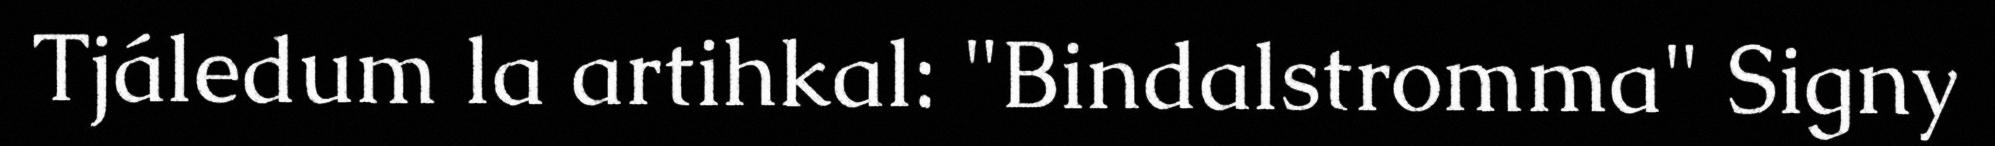
Tjáledum la artihkal: "Bindalstromma" Signy